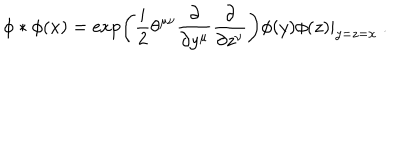
LaTeX: \phi * \phi ( x ) = \exp \left( \frac { i } { 2 } \theta ^ { \mu \nu } \frac { \partial } { \partial y ^ { \mu } } \frac { \partial } { \partial z ^ { \nu } } \right) \phi ( y ) \phi ( z ) | _ { y = z = x } ~ .